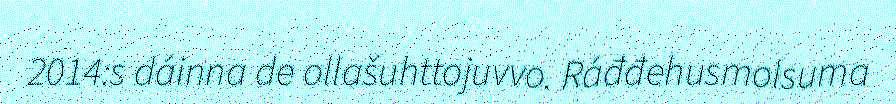
2014:s dáinna de ollašuhttojuvvo. Ráđđehusmolsuma